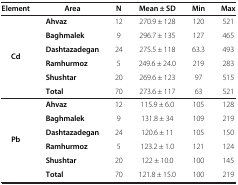
<table><thead><tr><td><b>Element</b></td><td><b>Area</b></td><td><b>N</b></td><td><b>Mean ± SD</b></td><td><b>Min</b></td><td><b>Max</b></td></tr></thead><tbody><tr><td rowspan="5"><b>Cd</b></td><td><b>Ahvaz</b></td><td>12</td><td>270.9 ± 128</td><td>120</td><td>521</td></tr><tr><td><b>Baghmalek</b></td><td>9</td><td>296.7 ± 135</td><td>127</td><td>465</td></tr><tr><td><b>Dashtazadegan</b></td><td>24</td><td>275.5 ± 118</td><td>63.3</td><td>493</td></tr><tr><td><b>Ramhurmoz</b></td><td>5</td><td>249.6 ± 24.0</td><td>219</td><td>283</td></tr><tr><td><b>Shushtar</b></td><td>20</td><td>269.6 ± 123</td><td>97</td><td>515</td></tr><tr><td> </td><td><b>Total</b></td><td>70</td><td>273.6 ± 117</td><td>63</td><td>521</td></tr><tr><td rowspan="5"><b>Pb</b></td><td><b>Ahvaz</b></td><td>12</td><td>115.9 ± 6.0</td><td>105</td><td>128</td></tr><tr><td><b>Baghmalek</b></td><td>9</td><td>131.8 ± 34</td><td>109</td><td>219</td></tr><tr><td><b>Dashtazadegan</b></td><td>24</td><td>120.6 ± 11</td><td>105</td><td>150</td></tr><tr><td><b>Ramhurmoz</b></td><td>5</td><td>123.2 ± 1.0</td><td>121</td><td>124</td></tr><tr><td><b>Shushtar</b></td><td>20</td><td>122 ± 10.0</td><td>100</td><td>145</td></tr><tr><td> </td><td><b>Total</b></td><td>70</td><td>121.8 ± 15.0</td><td>100</td><td>219</td></tr></tbody></table>